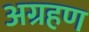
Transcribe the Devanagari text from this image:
अग्रहण